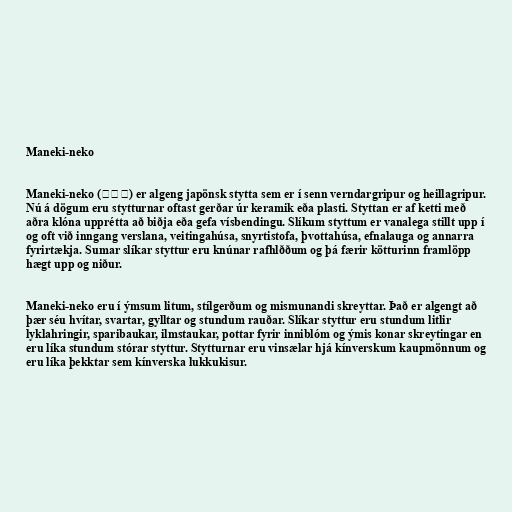
Maneki-neko

Maneki-neko (招き猫) er algeng japönsk stytta sem er í senn verndargripur og heillagripur.
Nú á dögum eru stytturnar oftast gerðar úr keramik eða plasti. Styttan er af ketti með
aðra klóna upprétta að biðja eða gefa vísbendingu. Slíkum styttum er vanalega stillt upp í
og oft við inngang verslana, veitingahúsa, snyrtistofa, þvottahúsa, efnalauga og annarra
fyrirtækja. Sumar slíkar styttur eru knúnar rafhlððum og þá færir kötturinn framlöpp
hægt upp og niður.

Maneki-neko eru í ýmsum litum, stílgerðum og mismunandi skreyttar. Það er algengt að
þær séu hvítar, svartar, gylltar og stundum rauðar. Slíkar styttur eru stundum litlir
lyklahringir, sparibaukar, ilmstaukar, pottar fyrir inniblóm og ýmis konar skreytingar en
eru líka stundum stórar styttur. Stytturnar eru vinsælar hjá kínverskum kaupmönnum og
eru líka þekktar sem kínverska lukkukisur.